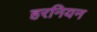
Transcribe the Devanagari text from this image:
हरनियन